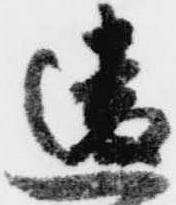
違